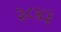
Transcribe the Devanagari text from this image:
३८४३